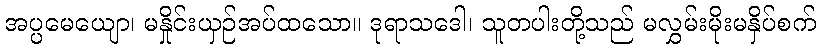
အပ္ပမေယျော၊ မနှိုင်းယှဉ်အပ်ထသော။ ဒုရာသဒေါ၊ သူတပါးတို့သည် မလွှမ်းမိုးမနှိပ်စက်